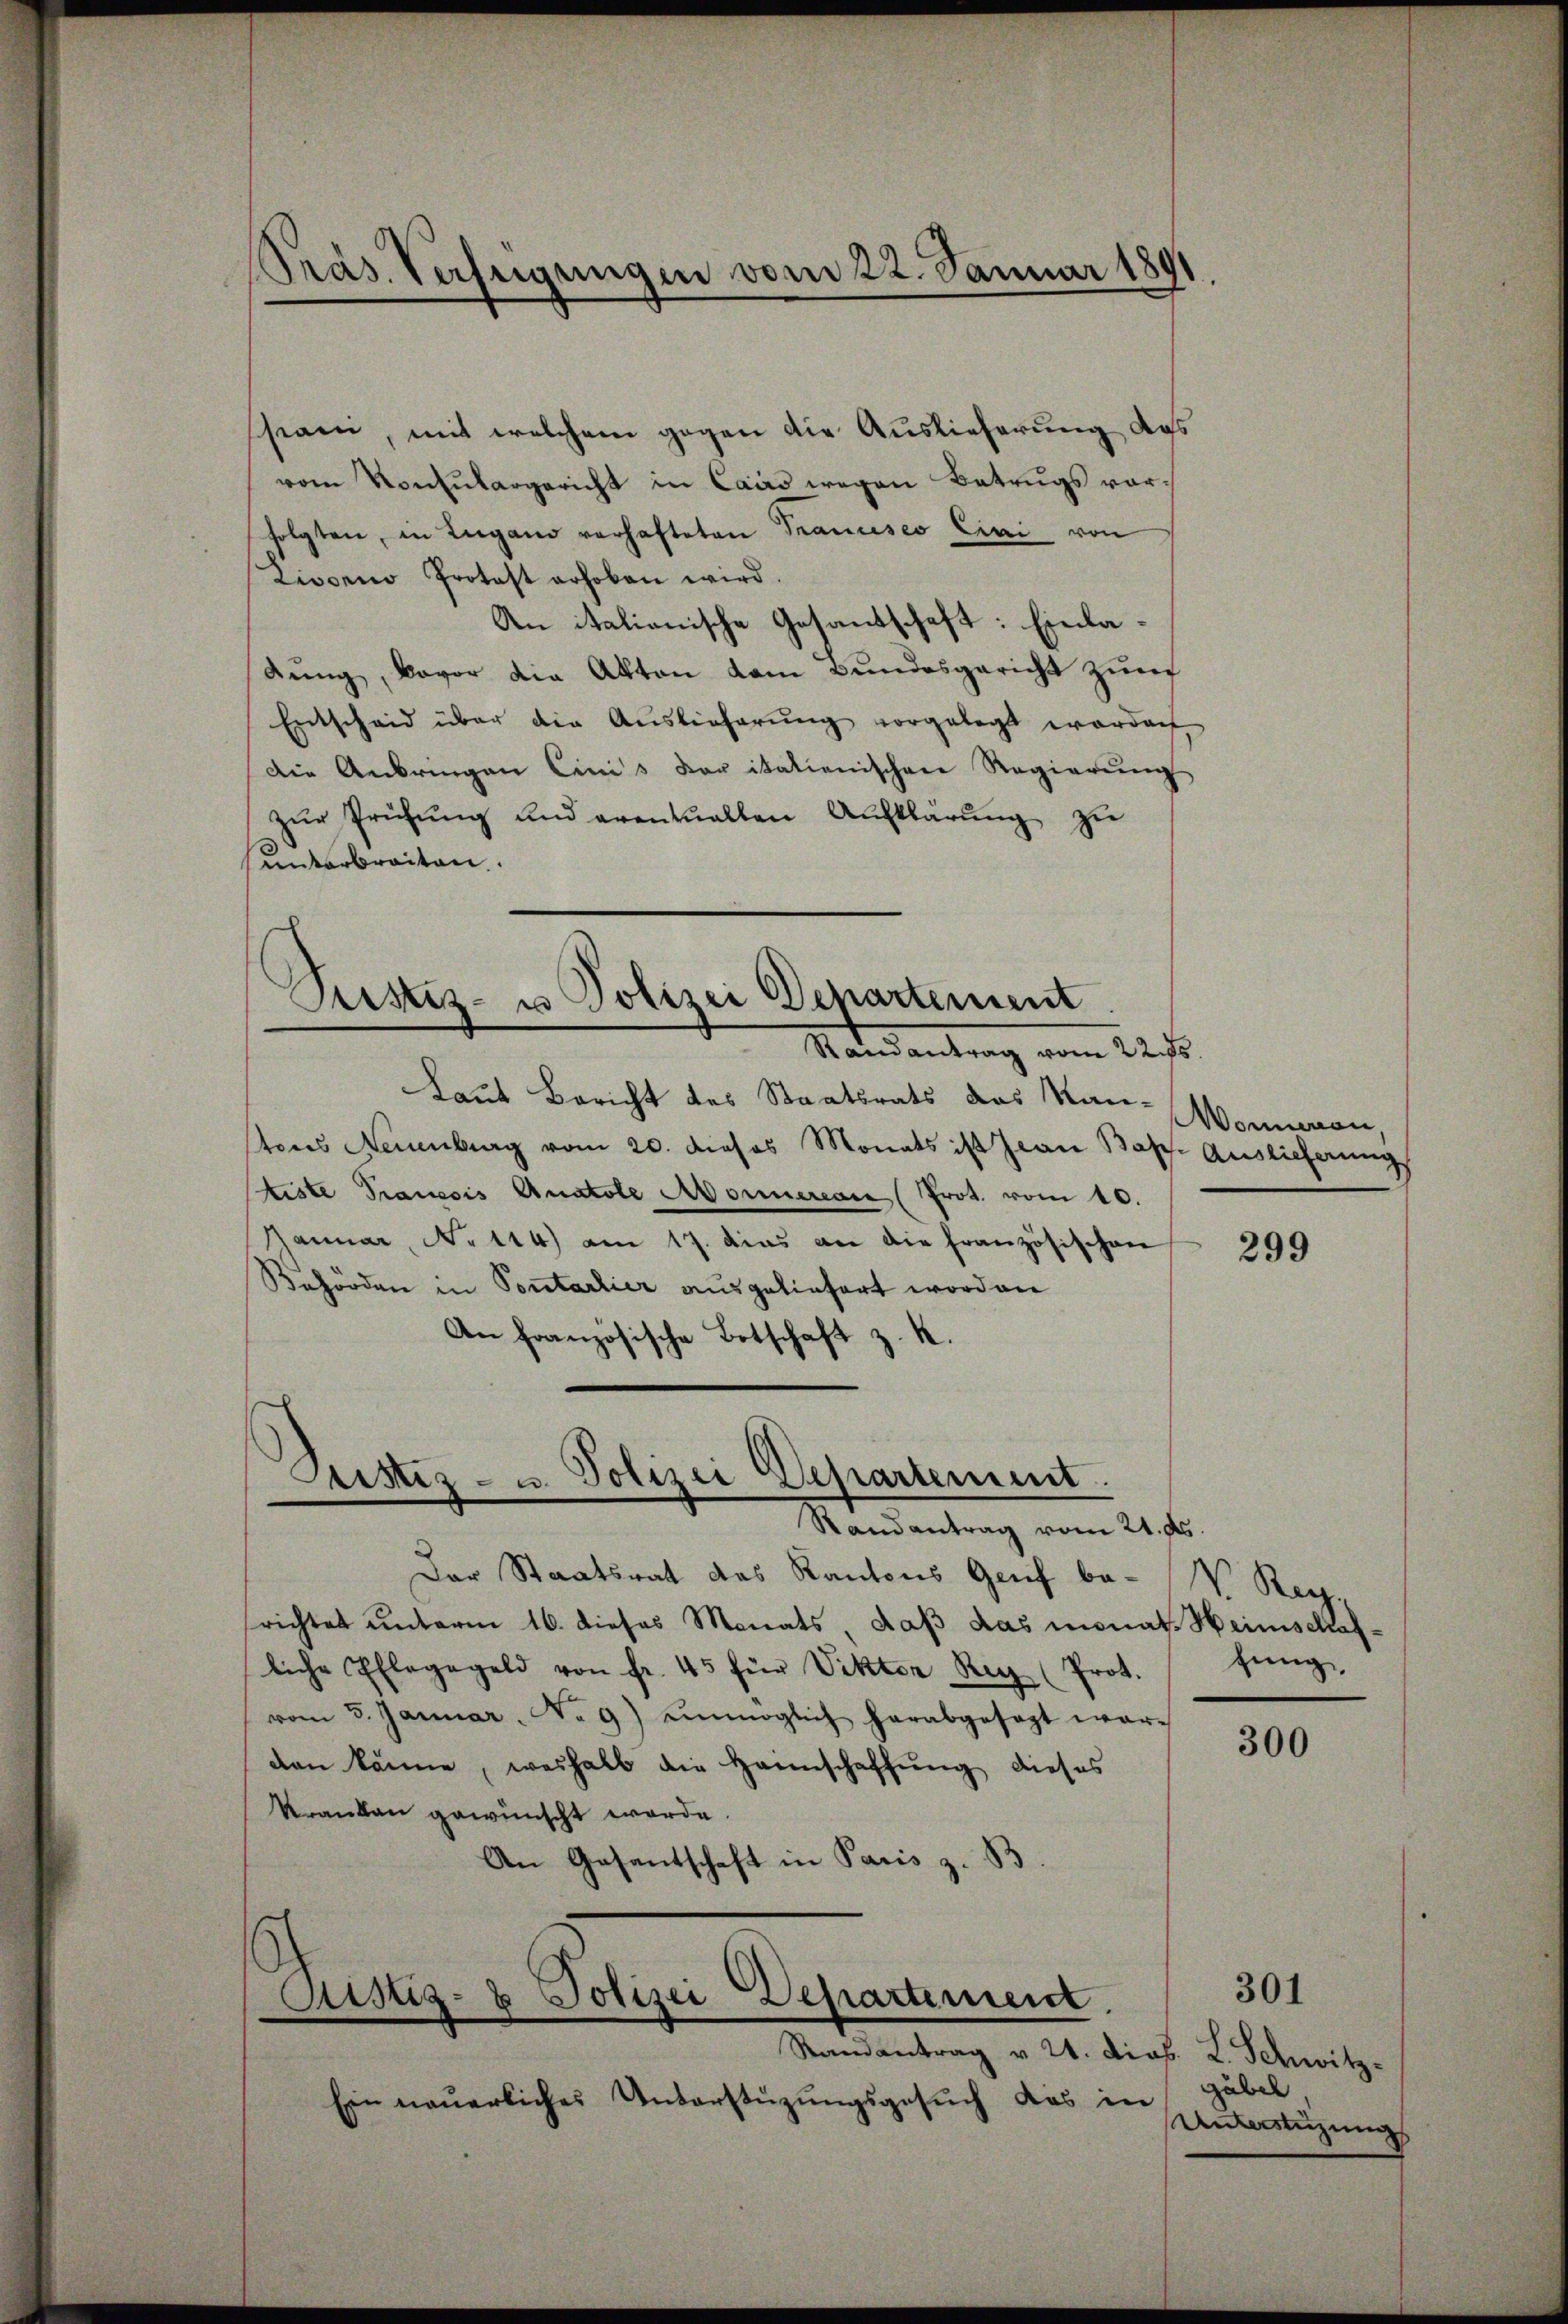
Präs. Verfügungen vom 22. Januar 1891.

ssiani, mit welchem gegen die Auslieferung das
vom Konsulargericht in Cairs wegen Betrugs vorfolgten, in Lugano vorhafteten Trancisco Eini von
Livorno Protest erhoben wird.
An italionische Gesandschaft: Einladung, davor die Akten dem Bundesgericht zur
Entscheid über die Auslieferŭng vorgelegt worden
Die Anbringen Cinis daritatienischen Regierung
zŭr Prüfŭng und eventuellen Aufklärŭng zu
unterbreiten.

Pustiz- u Polizei Departement
Mater antrag vom 22sten

d
Custiz- u. Polizei-Separtement.
Mandantrag vom 24sten

Laut Bericht des Staatsrats des Stan-Wonneren,
tons Neuenburg vom 20. dieses Monats ist Jean Bap. Auslieferung
tiste Pranesis Anatole Monueran (Prot. vom 10.
Januar, No 114) am 17. das an die französischen
Behörden in Sontarlier ausgeliefert worden
An französische Botschaft z. K.

Astiz- & Polizei Departement
Randantrag v. 21. dies. L. Schwitz-

Ein neuerliches Unterstüzungsgesŭch das in

Dar Staatsrat des Kantons Genf be- V. Regsrichtet unterm 16. dieses Monats, daß das monat. Heimschafliche Pflegegeld von fr. 45 für Viktor Reg (Prot.
vom 5. Januar. No. 9) unmöglich herabgesagt war.
den könne, weshalb die Hannschaffŭng dieses
kranken gewünscht werde.
An Gesantschaft in Paris z. B.

299

hung

300

301

gäbel,
Unterstüzung